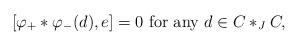
LaTeX: \begin{align*}[\varphi_+\ast\varphi_-(d),e]=0 \mbox{\ for\ any\ } d\in C\ast_J C,\end{align*}